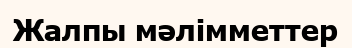
Жалпы мәлімметтер